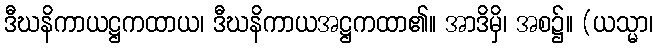
ဒီဃနိကာယဋ္ဌကထာယ၊ ဒီဃနိကာယအဋ္ဌကထာ၏။ အာဒိမှိ၊ အစ၌။ (ယသ္မာ၊